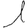
Digit: 1